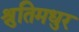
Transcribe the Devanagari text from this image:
श्रुतिमधुर